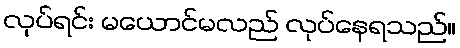
လုပ်ရင်း မယောင်မလည် လုပ်နေရသည်။